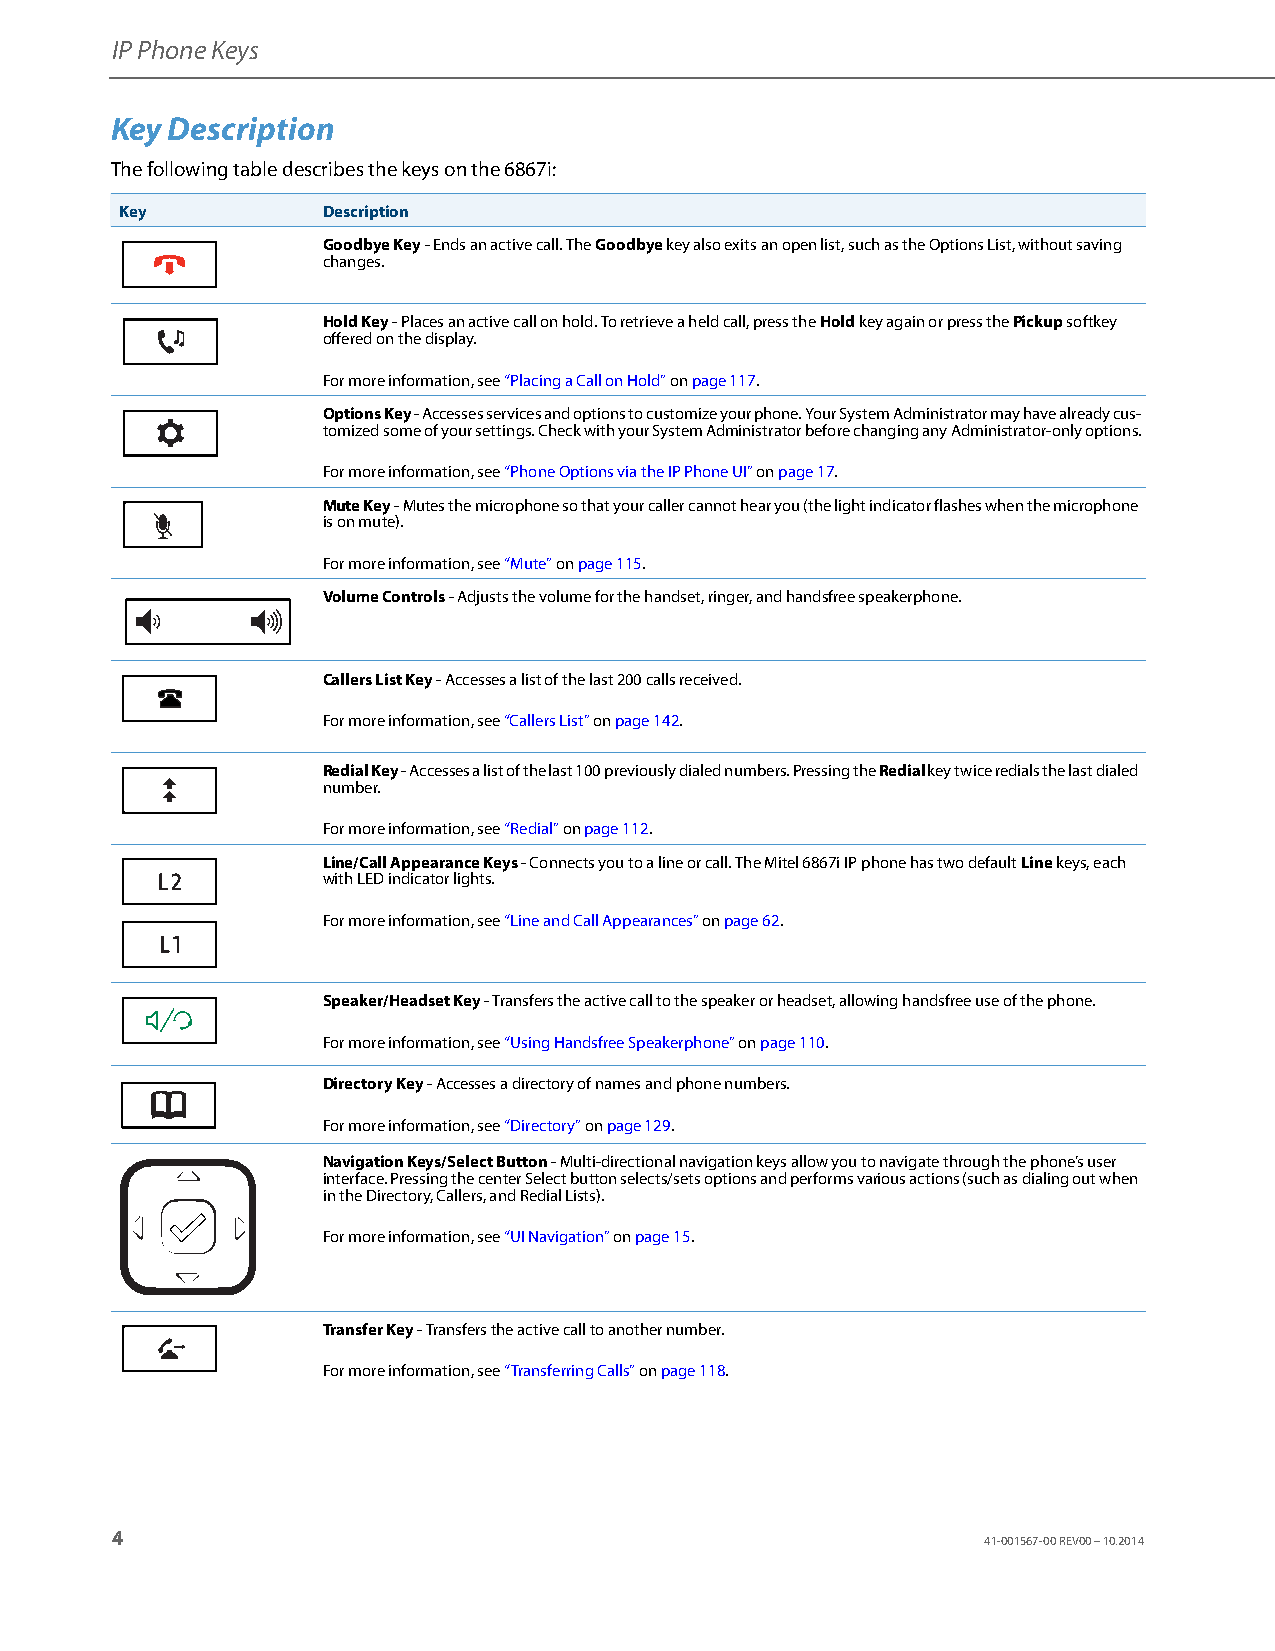
IP Phone Keys
 Key Description
 The following table describes the keys on the 6867i:
 Key          Description
 Goodbye Key - Ends an active call. The Goodbye key also exits an open list, such as the Options List, without saving
 changes.
 Hold Key - Places an active call on hold. To retrieve a held call, press the Hold key again or press the Pickup softkey
 offered on the display.
 For more information, see “Placing a Call on Hold” on page117.
 Options Key - Accesses services and options to customize your phone. Your System Administrator may have already cus-
 tomized some of your settings. Check with your System Administrator before changing any Administrator-only options.
 For more information, see “Phone Options via the IP Phone UI” on page17.
 Mute Key - Mutes the microphone so that your caller cannot hear you (the light indicator flashes when the microphone
 is on mute).
 For more information, see “Mute” on page115.
 Volume Controls - Adjusts the volume for the handset, ringer, and handsfree speakerphone.
 Callers List Key - Accesses a list of the last 200 calls received.
 For more information, see “Callers List” on page142.
 Redial Key - Accesses a list of the last 100 previously dialed numbers. Pressing the Redial key twice redials the last dialed
 number.
 For more information, see “Redial” on page112.
 Line/Call Appearance Keys - Connects you to a line or call. The Mitel 6867i IP phone has two default Line keys, each
 with LED indicator lights.
 For more information, see “Line and Call Appearances” on page62.
 Speaker/Headset Key - Transfers the active call to the speaker or headset, allowing handsfree use of the phone.
 For more information, see “Using Handsfree Speakerphone” on page110.
 Directory Key - Accesses a directory of names and phone numbers.
 For more information, see “Directory” on page129.
 Navigation Keys/Select Button - Multi-directional navigation keys allow you to navigate through the phone’s user
 interface. Pressing the center Select button selects/sets options and performs various actions (such as dialing out when
 in the Directory, Callers, and Redial Lists).
 For more information, see “UI Navigation” on page15.
 Transfer Key - Transfers the active call to another number.
 For more information, see “Transferring Calls” on page118.
 4
 41-001567-00 REV00 – 10.2014